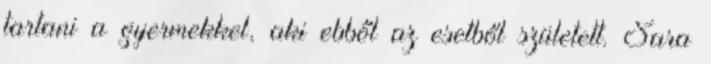
tartani a gyermekkel, aki ebből az esetből született. Sara